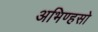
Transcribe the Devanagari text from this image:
अभिण्हसो